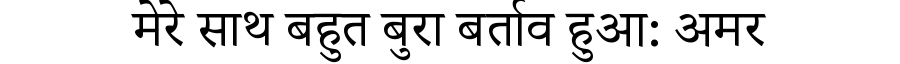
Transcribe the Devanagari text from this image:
मेरे साथ बहुत बुरा बर्ताव हुआ: अमर